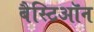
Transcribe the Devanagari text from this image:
बैस्टिऑन